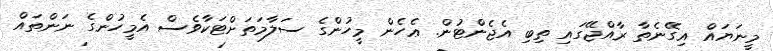
މީނަޔައް އިގޭނެތާ ރާއްޖޭގައި ތިބި އެޖެންޓުން. ޢެހެން މީހުންގެ ސަލާމަތަށްޓަކާވެސް އެމީހުންގެ ނަންތައް